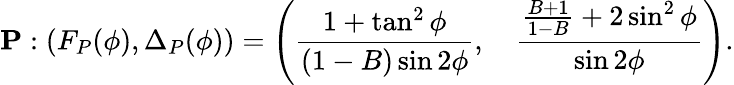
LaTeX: \textbf{P}:\left(F_{P}(\phi),\Delta_{P}(\phi)\right)=\left(\frac{1+\tan^{2}{\phi}}{(1-B)\sin{2\phi}},\quad\frac{\frac{B+1}{1-B}+2\sin^{2}{\phi}}{\sin{2\phi}}\right).